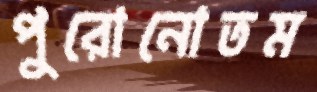
পুরোনোতম